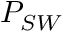
P _ { S W }